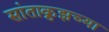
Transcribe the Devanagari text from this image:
सांताक्रुझच्या